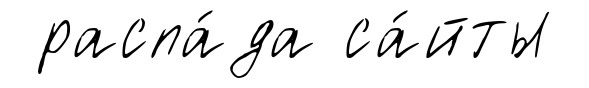
распа́да са́йты